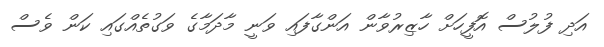
އަދި ފުލުސް އޮފީހަށް ހާޒިރުވާން އަންގާފައި ވަނީ މާދަމާގެ ވަގުތެއްގައި ކަން ވެސް